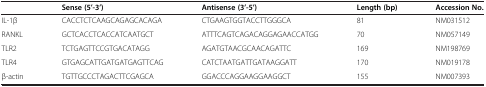
|  | Sense (5’-3’) | Antisense (3’-5’) | Length (bp) | Accession No. |
 | --- | --- | --- | --- | --- |
 | IL-1β | CACCTCTCAAGCAGAGCACAGA | CTGAAGTGGTACCTTGGGCA | 81 | NM031512 |
 | RANKL | GCTCACCTCACCATCAATGCT | ATTTCAGTCAGACAGGAGAACCATGG | 70 | NM057149 |
 | TLR2 | TCTGAGTTCCGTGACATAGG | AGATGTAACGCAACAGATTC | 169 | NM198769 |
 | TLR4 | GTGAGCATTGATGATGAGTTCAG | CATCTAATGATTGATAAGGATT | 170 | NM019178 |
 | β-actin | TGTTGCCCTAGACTTCGAGCA | GGACCCAGGAAGGAAGGCT | 155 | NM007393 |